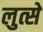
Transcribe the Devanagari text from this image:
लुत्से